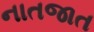
નાતજાત